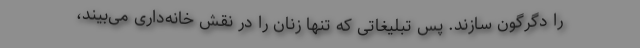
را دگرگون سازند. پس تبلیغاتی که تنها زنان را در نقش خانه‌داری می‌بیند،